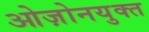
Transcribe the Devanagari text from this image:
ओज़ोनयुक्त